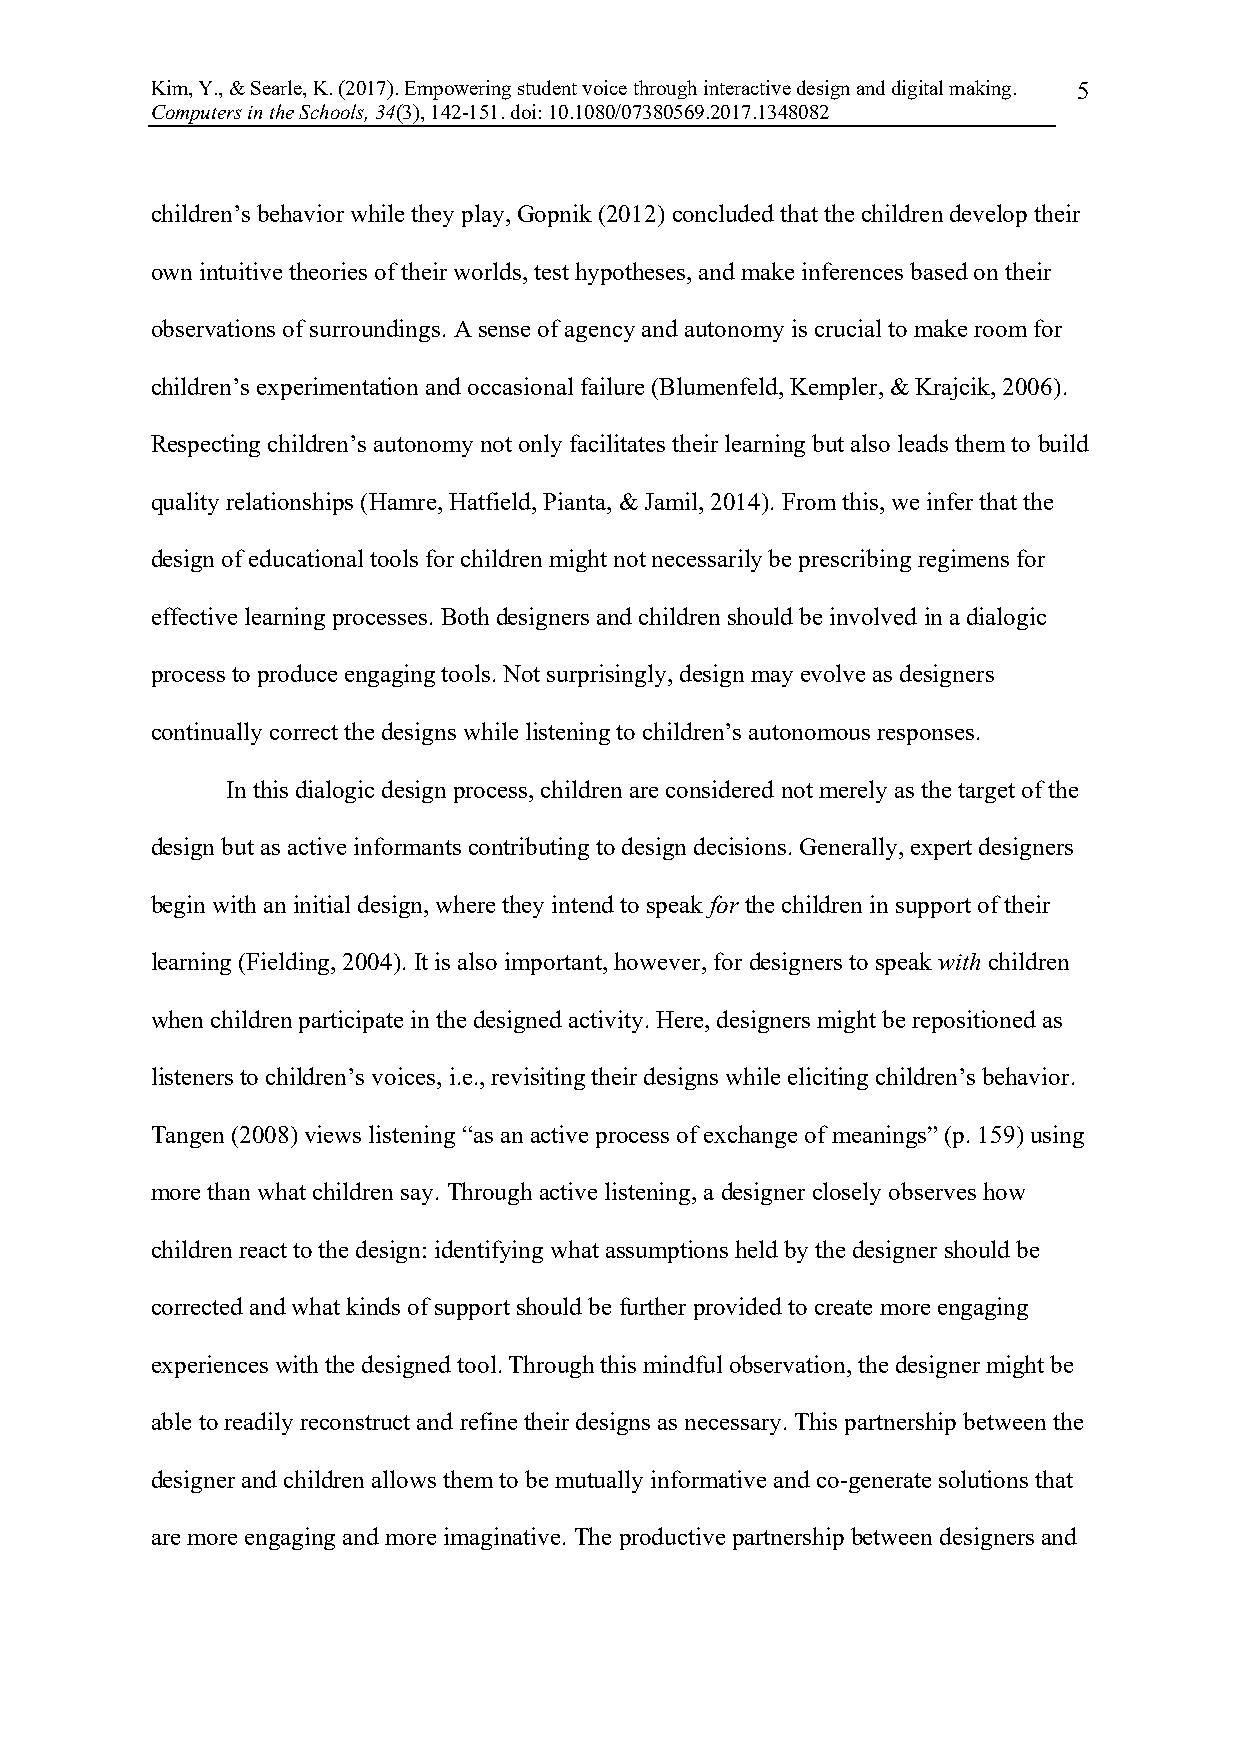
Kim, Y., & Searle, K. (2017). Empowering student voice through interactive design and digital making. 5
 Computers in the Schools, 34(3), 142-151. doi: 10.1080/07380569.2017.1348082
 children’s behavior while they play, Gopnik (2012) concluded that the children develop their
 own intuitive theories of their worlds, test hypotheses, and make inferences based on their
 observations of surroundings. A sense of agency and autonomy is crucial to make room for
 children’s experimentation and occasional failure (Blumenfeld, Kempler, & Krajcik, 2006).
 Respecting children’s autonomy not only facilitates their learning but also leads them to build
 quality relationships (Hamre, Hatfield, Pianta, & Jamil, 2014). From this, we infer that the
 design of educational tools for children might not necessarily be prescribing regimens for
 effective learning processes. Both designers and children should be involved in a dialogic
 process to produce engaging tools. Not surprisingly, design may evolve as designers
 continually correct the designs while listening to children’s autonomous responses.
 In this dialogic design process, children are considered not merely as the target of the
 design but as active informants contributing to design decisions. Generally, expert designers
 begin with an initial design, where they intend to speak for the children in support of their
 learning (Fielding, 2004). It is also important, however, for designers to speak with children
 when children participate in the designed activity. Here, designers might be repositioned as
 listeners to children’s voices, i.e., revisiting their designs while eliciting children’s behavior.
 Tangen (2008) views listening “as an active process of exchange of meanings” (p. 159) using
 more than what children say. Through active listening, a designer closely observes how
 children react to the design: identifying what assumptions held by the designer should be
 corrected and what kinds of support should be further provided to create more engaging
 experiences with the designed tool. Through this mindful observation, the designer might be
 able to readily reconstruct and refine their designs as necessary. This partnership between the
 designer and children allows them to be mutually informative and co-generate solutions that
 are more engaging and more imaginative. The productive partnership between designers and